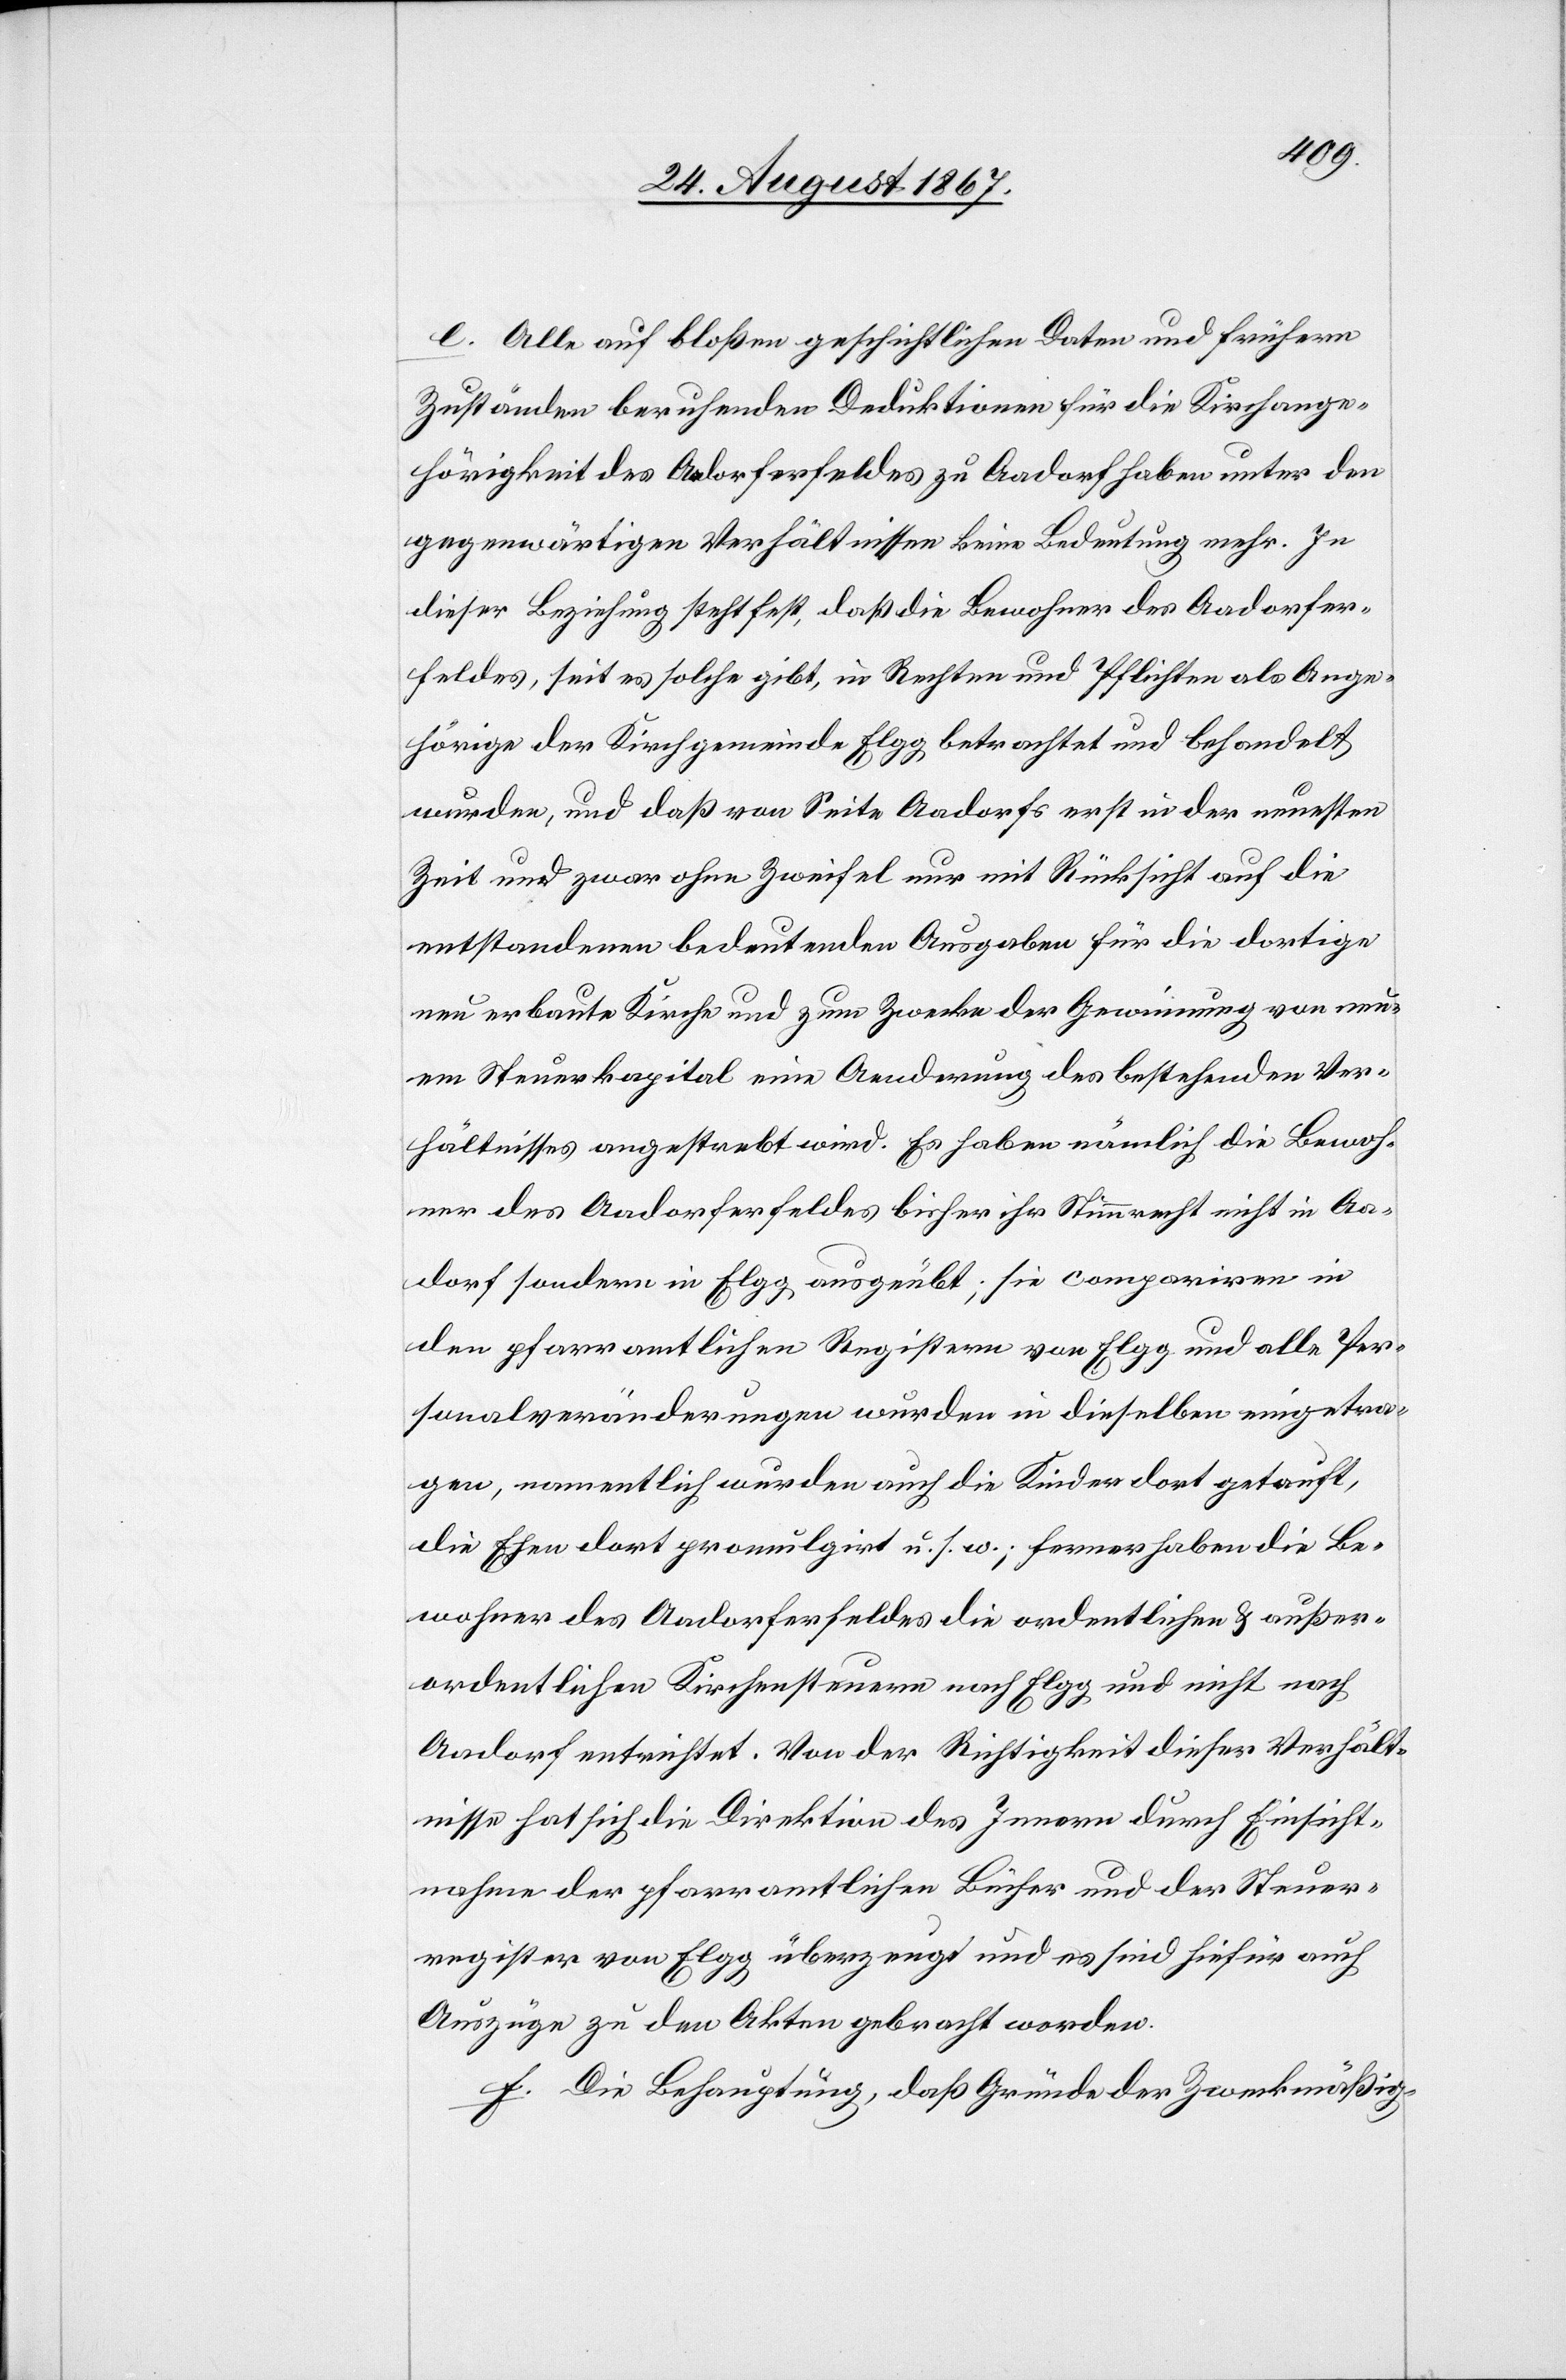
e. Alle auf bloßen geschichtlichen Daten und frühern
Zuständen beruhenden Deduktionen für die Kirchange¬
hörigkeit des Aadorferfeldes zu Aadorf haben unter den
gegenwärtigen Verhältnissen keine Bedeutung mehr. In
dieser Beziehung steht fest, daß die Bewohner des Aadorfer¬
feldes, seit es solche gibt, in Rechten und Pflichten als Ange¬
hörige der Kirchgemeinde Elgg, betrachtet und behandelt
wurden, und daß von Seite Aadorfs erst in der neuesten
Zeit und zwar ohne Zweifel nur mit Rücksicht auf die
entstandenen bedeutenden Ausgaben für die dortige
neu erbaute Kirche und zum Zwecke der Gewinnung von neu¬
em Steuerkapital eine Aenderung des bestehenden Ver¬
hältnisses angestrebt wird. Es haben nämlich die Bewoh¬
ner des Aadorferfeldes bisher ihr Stimmrecht nicht in Aa¬
dorf sondern in Elgg ausgeübt; sie compariren in
den pfarramtlichen Registern von Elgg und alle Per¬
sonalveränderungen wurden in dieselben eingetra¬
gen, namentlich wurden auch die Kinder dort getauft,
die Ehen dort promulgirt u. s. w.; ferner haben die Be¬
wohner des Aadorferfeldes die ordentlichen u. außer¬
ordentlichen Kirchensteuern nach Elgg und nicht nach
Aadorf entrichtet. Von der Richtigkeit dieser Verhält¬
nisse hat sich die Direktion des Innern durch Einsicht¬
nahme der pfarramtlichen Bücher und der Steuer¬
register von Elgg überzeugt und es sind hiefür auch
Auszüge zu den Akten gebracht worden.
f. Die Behauptung, daß Gründe der Zweckmäßig-